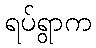
ရပ်ရွာက